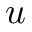
u